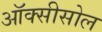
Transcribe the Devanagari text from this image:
ऑक्सीसोल